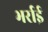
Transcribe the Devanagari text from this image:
भर्राई